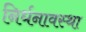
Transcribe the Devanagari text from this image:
निर्धनावस्था